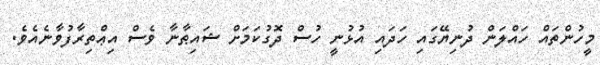
މީހުންތައް ހައްލަން ދުނިޔޭގައި ހަދައި އުޅުނީ ހުސް ދޮގުކަމަށް ޝައިޠާނާ ވެސް އިޢްތިރާފުވާނެއެވެ.